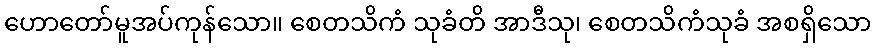
ဟောတော်မူအပ်ကုန်သော။ စေတသိကံ သုခံတိ အာဒီသု၊ စေတသိကံသုခံ အစရှိသော